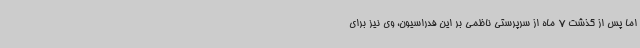
اما پس از گذشت 7 ماه از سرپرستی ناظمی بر این فدراسیون، وی نیز برای